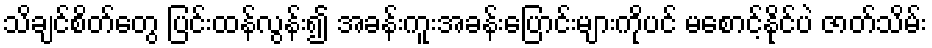
သိချင်စိတ်တွေ ပြင်းထန်လွန်း၍ အခန်းကူးအခန်းပြောင်းများကိုပင် မစောင့်နိုင်ပဲ ဇာတ်သိမ်း